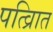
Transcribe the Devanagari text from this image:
पत्व्राित